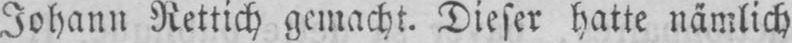
Johann Rettich gemacht. Dieser hatte nämlich